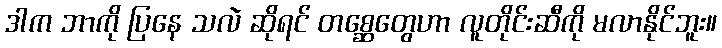
ဒါက ဘာကို ပြနေ သလဲ ဆိုရင် တစ္ဆေတွေဟာ လူတိုင်းဆီကို မလာနိုင်ဘူး။